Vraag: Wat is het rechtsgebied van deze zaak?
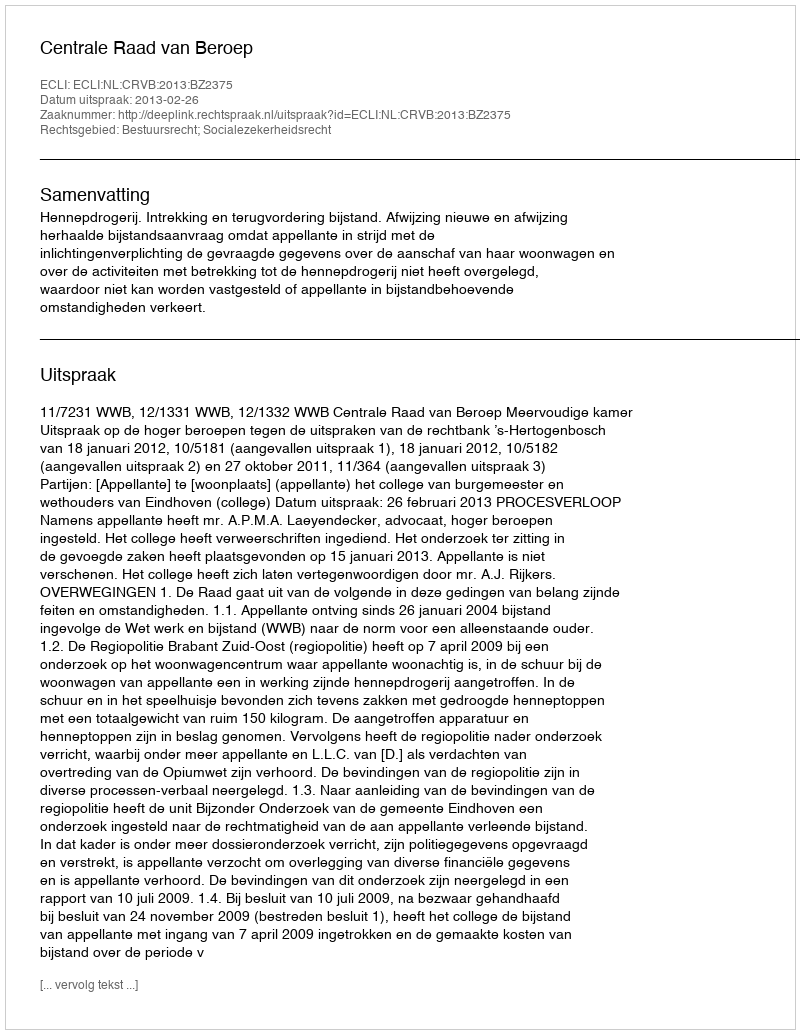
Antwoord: Bestuursrecht; Socialezekerheidsrecht